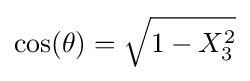
\cos(\theta )={\sqrt {1-X_{3}^{2}}}